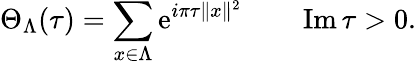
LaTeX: \Theta_{\Lambda}(\tau)=\sum_{x\in\Lambda}\mathrm{e}^{i\pi\tau\| x\| ^{2}}\qquad\operatorname{Im}\tau>0.